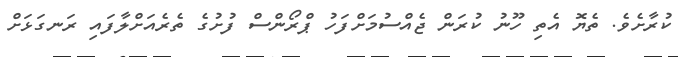
ކުރާށެވެ. ތެޔޮ އެތި ހޫނު ކުރަން ޖެއްސުމަށްފަހު ޕްރޯންސް ފުށުގެ ތެރެއަށްލާފައި ރަނގަޅަށް